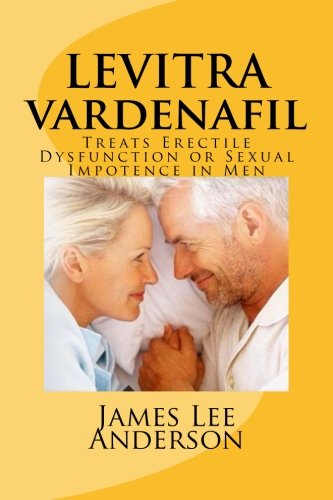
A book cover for LEVITRA (Vardenafil): Treats Erectile Dysfunction or Sexual Impotence in Men; James Lee Anderson; Medical Books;